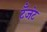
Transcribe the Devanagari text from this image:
टँजंट